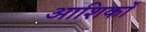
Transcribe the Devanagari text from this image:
आशिकों